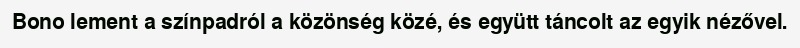
Bono lement a színpadról a közönség közé, és együtt táncolt az egyik nézővel.